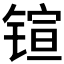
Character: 𲈎